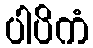
ပါပိကံ